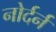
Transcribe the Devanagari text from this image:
नोर्दर्न